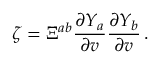
\zeta = \Xi ^ { a b } \frac { \partial Y _ { a } } { \partial v } \frac { \partial Y _ { b } } { \partial v } \, .